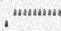
١